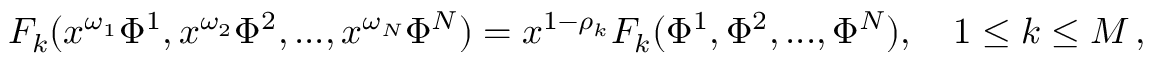
F _ { k } ( x ^ { \omega _ { 1 } } \Phi ^ { 1 } , x ^ { \omega _ { 2 } } \Phi ^ { 2 } , . . . , x ^ { \omega _ { N } } \Phi ^ { N } ) = x ^ { 1 - \rho _ { k } } F _ { k } ( \Phi ^ { 1 } , \Phi ^ { 2 } , . . . , \Phi ^ { N } ) , \quad 1 \le k \le M \, ,